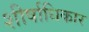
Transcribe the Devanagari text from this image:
शीर्षाधिकार